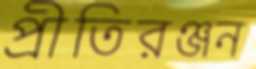
প্রীতিরঞ্জন